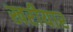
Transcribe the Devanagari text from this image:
खरीयार